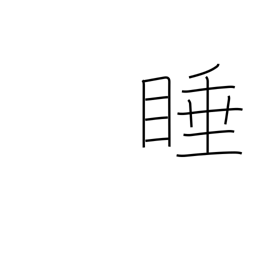
Meaning: drowsy